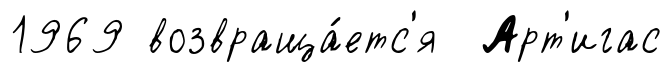
1969 возвраща́етс'я Арт'игас